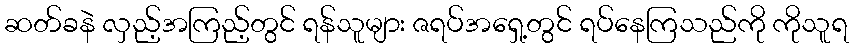
ဆတ်ခနဲ လှည့်အကြည့်တွင် ရန်သူများ ဇရပ်အရှေ့တွင် ရပ်နေကြသည်ကို ကိုသူရ